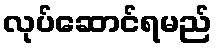
လုပ်ဆောင်ရမည်